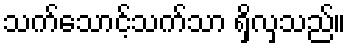
သက်သောင့်သက်သာ ရှိလှသည်။